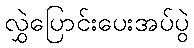
လွှဲပြောင်းပေးအပ်ပွဲ